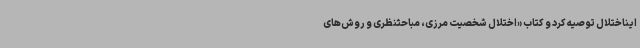
ایناختلال توصیه کرد و کتاب «اختلال شخصیت مرزی، مباحثنظری و روش‌های